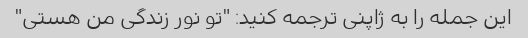
این جمله را به ژاپنی ترجمه کنید: "تو نور زندگی من هستی"